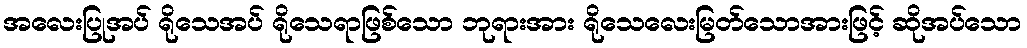
အလေးပြုအပ် ရိုသေအပ် ရိုသေရာဖြစ်သော ဘုရားအား ရိုသေလေးမြတ်သောအားဖြင့် ဆိုအပ်သော